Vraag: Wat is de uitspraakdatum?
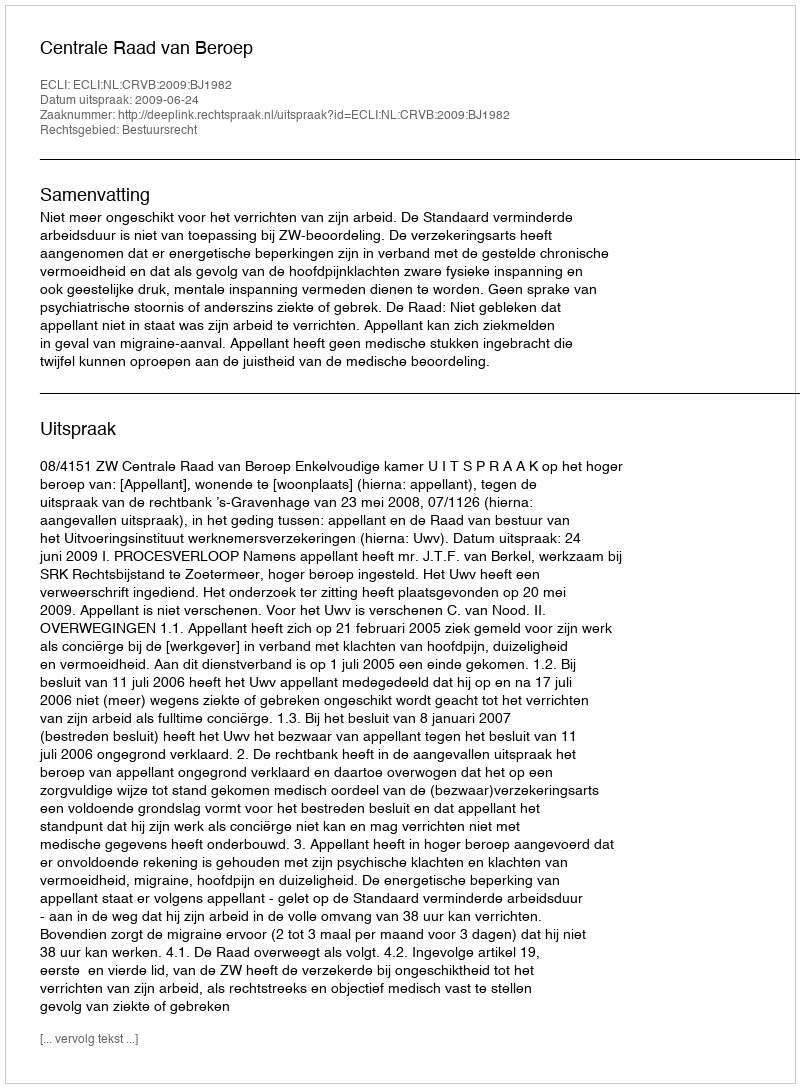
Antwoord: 2009-06-24